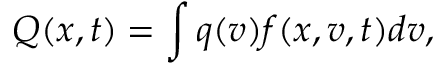
Q ( x , t ) = \int q ( v ) f ( x , v , t ) d v ,